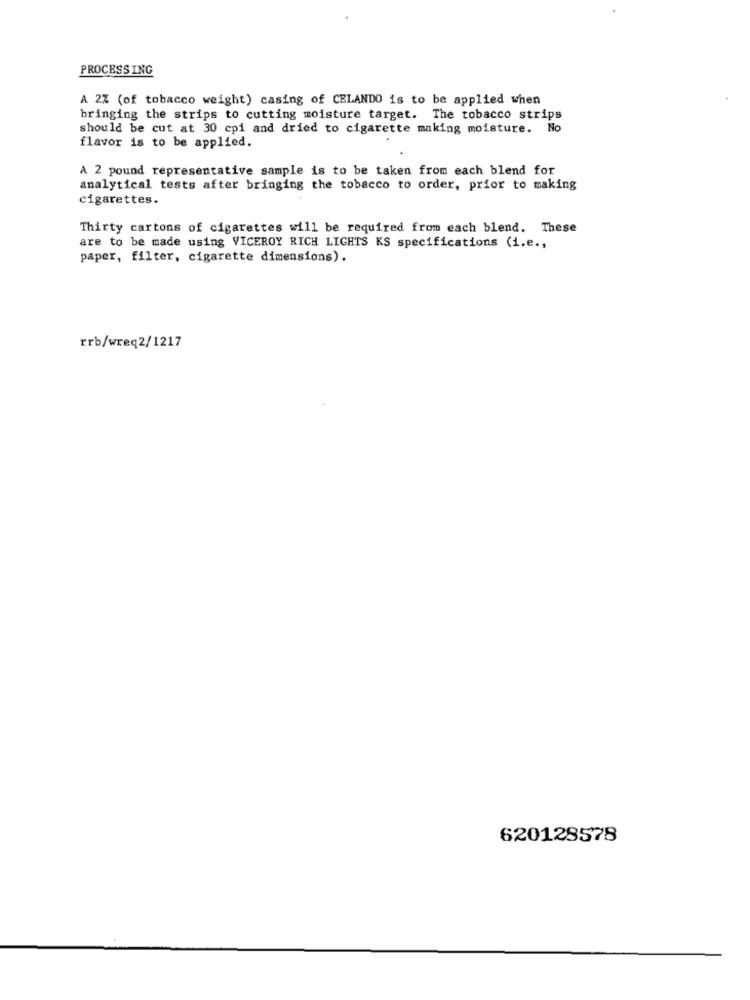
PROCESSING
A 2% (of tobacco weight) casing of CELANDO is to be applied when
bringing the strips to cutting moisture target. The tobacco strips
should be cut at 30 cpi and dried to cigarette making moisture. No
flavor is to be applied.
A 2 pound representative sample is to be taken from each blend for
analytical tests after bringing the tobacco to order, prior to making
cigarettes.
Thirty cartons of cigarettes will be required from each blend. These
are to be made using VICEROY RICH LIGHTS KS specifications (i.e .,
paper, filter, cigarette dimensions).
rrb/wreq2/1217
620128578